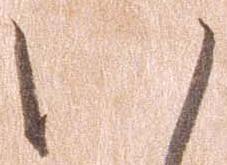
い